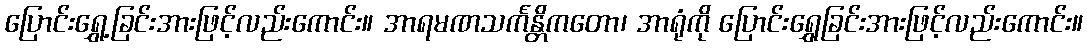
ပြောင်းရွှေ့ခြင်းအားဖြင့်လည်းကောင်း။ အာရမဏသင်္ကန္တိကတော၊ အာရုံကို ပြောင်းရွှေခြင်းအားဖြင့်လည်းကောင်း။